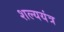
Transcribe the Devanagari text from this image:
शल्ययंत्र